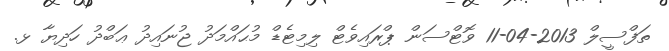
ތަފްސީލް 2013-04-11 ވޮޓްސަން ޕްރައިވެޓް ލިމިޓެޑް މުޙައްމަދު ޖުނައިދު ޢަބްދު ހަދިޔާ ޅ.